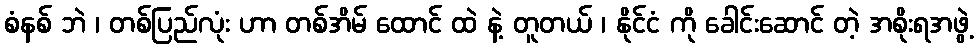
စံနစ် ဘဲ ၊ တစ်ပြည်လုံး ဟာ တစ်အိမ် ထောင် ထဲ နဲ့ တူတယ် ၊ နိုင်ငံ ကို ခေါင်းဆောင် တဲ့ အစိုးရအဖွဲ့